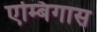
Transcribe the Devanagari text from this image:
एम्बिगास